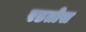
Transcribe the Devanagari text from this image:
रडतोस